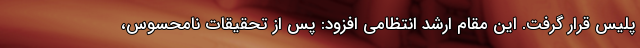
پلیس قرار گرفت. این مقام ارشد انتظامی افزود: پس از تحقیقات نامحسوس،